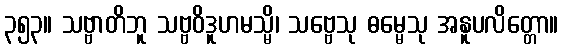
၃၅၃။ သဗ္ဗာတိဘူ သဗ္ဗဝိဒူဟမသ္မိ၊ သဗ္ဗေသု ဓမ္မေသု အနူပလိတ္တော။